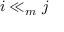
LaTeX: i \ll _ { m } j